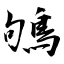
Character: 鴝